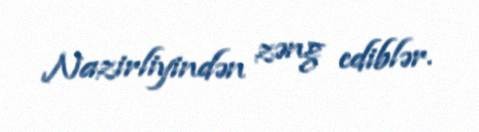
Nazirliyindən zəng ediblər.